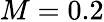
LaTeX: M=0.2